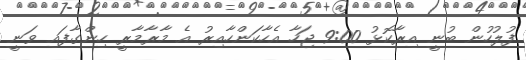
ފުލުހުން ބުނީ އިރާކޮޅު 9:00 ޖަހާ އެހާކަންހާއިރު އެ މާރާމާރީ ހިންގާފައި ވަނީ